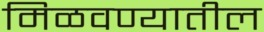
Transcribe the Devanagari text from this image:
मिळवण्यातील